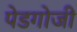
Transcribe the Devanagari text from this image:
पेडगोजी